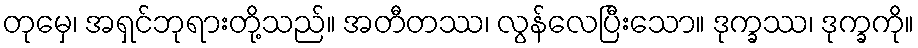
တုမှေ၊ အရှင်ဘုရားတို့သည်။ အတီတဿ၊ လွန်လေပြီးသော။ ဒုက္ခဿ၊ ဒုက္ခကို။